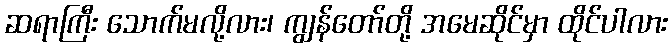
ဆရာကြီး သောက်မလို့လား၊ ကျွန်တော်တို့ အမေဆိုင်မှာ ထိုင်ပါလား